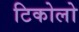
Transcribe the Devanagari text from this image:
टिकोलो